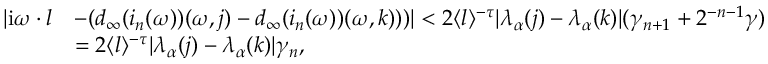
\begin{array} { r l } { | \mathrm { i } \omega \cdot l } & { - ( d _ { \infty } ( i _ { n } ( \omega ) ) ( \omega , j ) - d _ { \infty } ( i _ { n } ( \omega ) ) ( \omega , k ) ) ) | < 2 \langle l \rangle ^ { - \tau } | \lambda _ { \alpha } ( j ) - \lambda _ { \alpha } ( k ) | ( \gamma _ { n + 1 } + 2 ^ { - n - 1 } \gamma ) } \\ & { = 2 \langle l \rangle ^ { - \tau } | \lambda _ { \alpha } ( j ) - \lambda _ { \alpha } ( k ) | \gamma _ { n } , } \end{array}